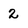
Character: 2